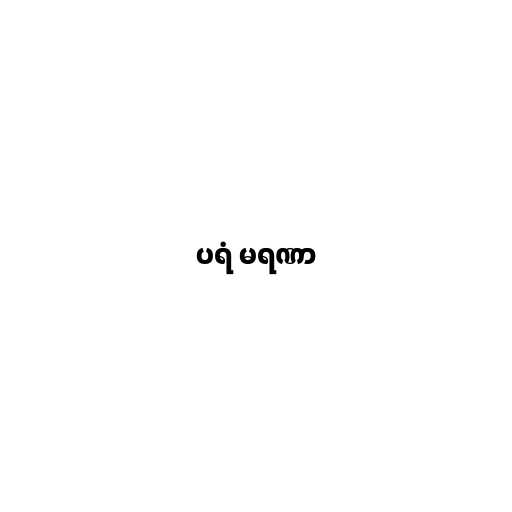
ပရံ မရဏာ